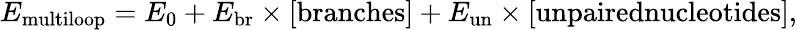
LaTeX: E_{\mathrm{multiloop}}=E_{0}+E_{\mathrm{br}}\times[\mathrm{branches}]+E_{\mathrm{un}}\times[\textrm{unpairednucleotides}],